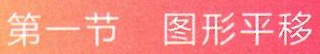
第一节 图形平移